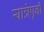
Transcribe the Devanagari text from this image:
यात्रेपूर्वी